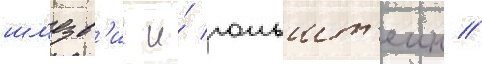
шл'езв'иг и́ гольшт'еин //